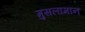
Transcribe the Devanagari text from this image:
मुसलामान